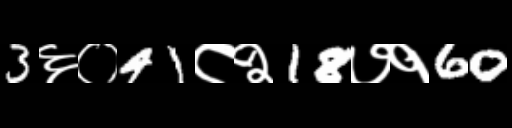
Text: 3६०41८२18७१60